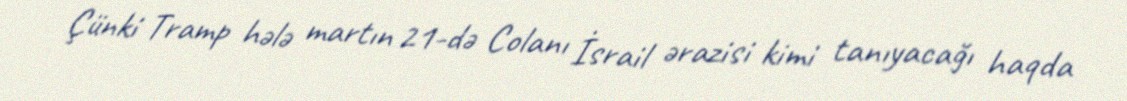
Çünki Tramp hələ martın 21-də Colanı İsrail ərazisi kimi tanıyacağı haqda